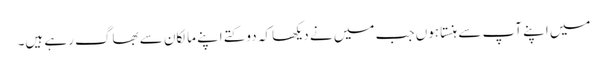
میں اپنے آپ سے ہنستا ہوں جب میں نے دیکھا کہ دو کتے اپنے مالکان سے بھاگ رہے ہیں۔